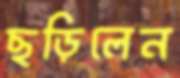
ছড়িলেন